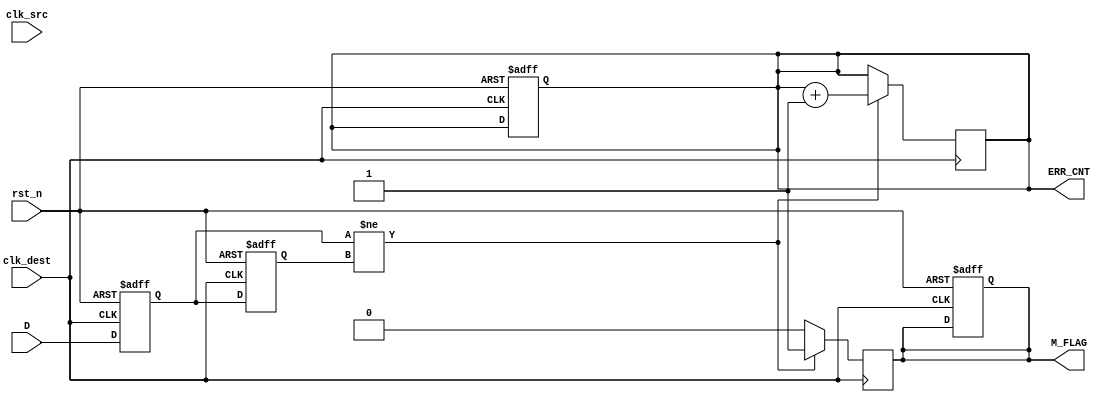
module cdc_detector (
    input wire D,               // Data signal to be monitored
    input wire clk_src,         // Source clock
    input wire clk_dest,        // Destination clock
    input wire rst_n,           // Asynchronous reset (active low)
    output reg M_FLAG,          // Metastability flag
    output reg [31:0] ERR_CNT   // Error counter
);

    reg Q1, Q2;                // Flip-flop outputs

    // Asynchronous reset and sampling logic for clk_dest
    always @(posedge clk_dest or negedge rst_n) begin
        if (!rst_n) begin
            Q1 <= 1'b0;
            Q2 <= 1'b0;
            M_FLAG <= 1'b0;
            ERR_CNT <= 32'b0;
        end else begin
            Q1 <= D;            // Sample D on clk_dest
            Q2 <= Q1;           // Sample Q1 on the next clk_dest
        end
    end

    // Metastability detection logic
    always @(posedge clk_dest) begin
        if (Q1 != Q2) begin
            M_FLAG <= 1'b1;    // Set metastability flag
            ERR_CNT <= ERR_CNT + 1; // Increment error counter
        end else begin
            M_FLAG <= 1'b0;    // Clear metastability flag if no discrepancy
        end
    end

endmodule